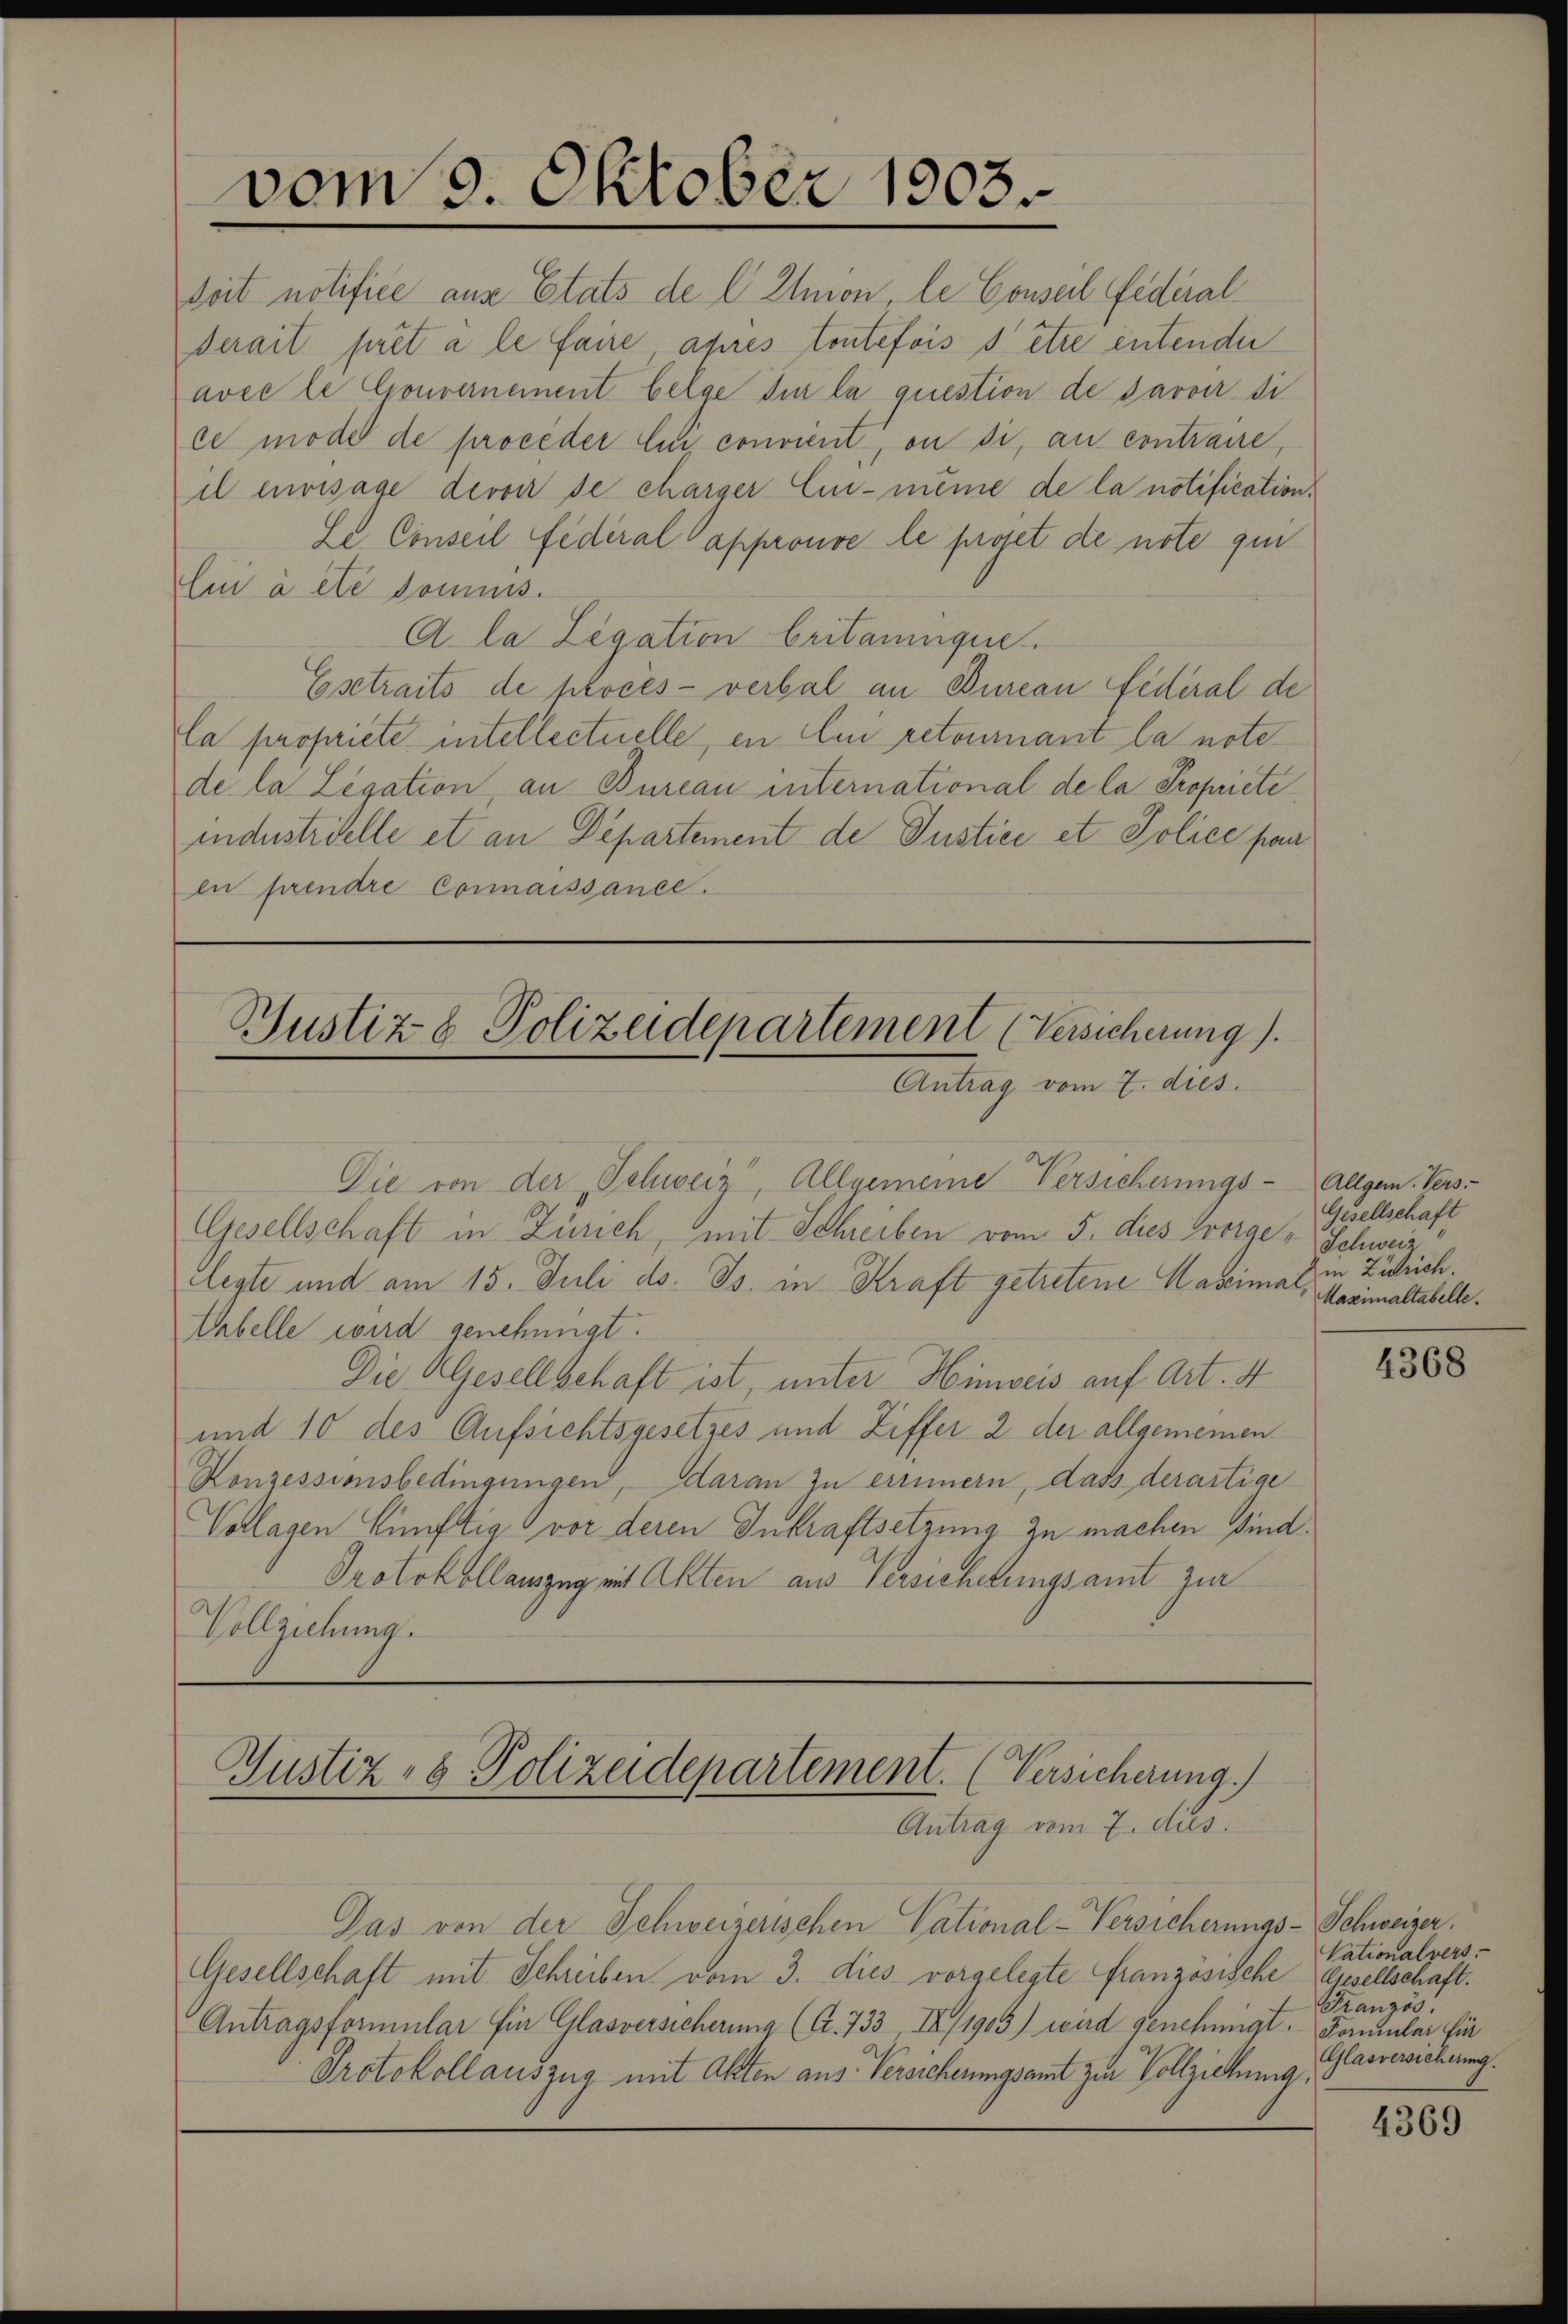
seit notifice aus Etats de C Ilmon, le Conseil Federalderait prét à le faire, après toutefois s être entender
avec le Gouvernement belge der la question de savoir di
ce moder de proceder Ein convient, on si, au contraire,
il envisage devon de charger Ein-même de la notification.
Le Conseil Federal approuve le proset die nöte qui
Eui à etc domuss.
A la Legation britanique.
Esetraits de procès-verbal an Bureau fédéral de
la propriete intellectuelle, en lui retournant la note
de la Legation, an Bureau international de la Propriete
industrielle et an Departement de Justice et Police paa
en prendre Connaissance.

vom 9. Oktober 1903.

Justiz & Polizeidepartement (Versicherung).
Antrag vom 7. dies

Die von der Schweiz, Allgemeine Versicherungs- Allgem. Vers
Gesellschaft in Zürich, mit Schreiben vom 5. dies vorge, Schweiz
legte und am 15. Juli d. Js. in Kraft getretene Maseimar, Maximaltabelle.
Ehbelle wird genehmigt.
Die Gesellbehaft ist, unter Hinweis auf Art. 4
und 10 des Aufsichtsgesetzes und Ziffer 2 der allgemeinen
Konzessionsbedingungen, daran zu erinnern, dass derartige
Vollagen künftig vor deren Inkraftsetzung zu machen sind.
Protokollauszug mit Akten aus Versichelungsamt zur
Vollziehung.

Das von der Schweizerischen Vational-Versicherungs- Schweizer.
Gesellschaft mit Schreiben vom 3. dies vorgelegte französische Gesellschaft.
Antragsformular fin Glasversicherung (C. 733 IX/1903) wird genehmigt. Formular für
Protokollauszug mit Alten aus Versicherungsamt zur Vollziehung,

Justiz- & Polizeidepartement. (Versicherung.)
Antrag vom 7. dus.

Gesellschaft
in Zürich.

4368

Vationalvers
Französ.
Glasversicherung.

4369